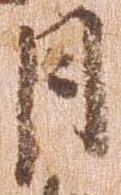
月